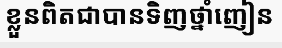
ខ្លួនពិតជាបានទិញថ្នាំញៀន